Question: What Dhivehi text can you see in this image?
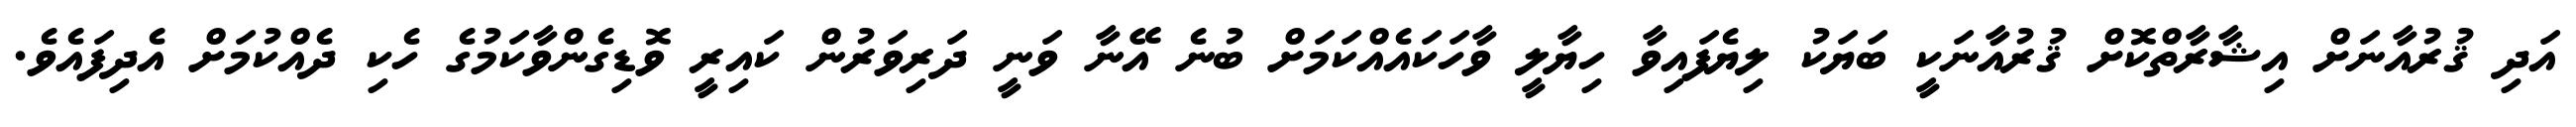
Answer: އަދި ޤުރުއާނަށް އިޝާރާތްކޮށް ޤުރުއާނަކީ ބަޔަކު ލިޔެފައިވާ ހިޔާލީ ވާހަކައެއްކަމަށް ބުނެ އޭނާ ވަނީ ދަރިވަރުން ކައިރީ ވޮޑިގެންވާކަމުގެ ހެކި ދެއްކުމަށް އެދިފައެވެ.